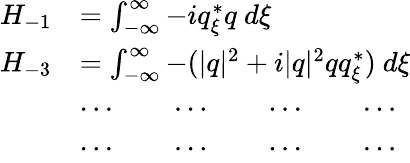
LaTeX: \begin{array}{rl}{H_{-1}}&{=\int_{-\infty}^{\infty}-iq_{\xi}^{*}q\ d\xi}\\ {H_{-3}}&{=\int_{-\infty}^{\infty}-(|q|^{2}+i|q|^{2}qq_{\xi}^{*})\ d\xi}\\ &{\cdots\qquad\cdots\qquad\cdots\qquad\cdots}\\ &{\cdots\qquad\cdots\qquad\cdots\qquad\cdots}\end{array}